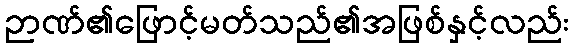
ဉာဏ်၏ဖြောင့်မတ်သည်၏အဖြစ်နှင့်လည်း